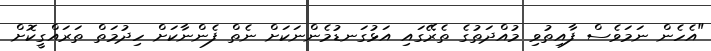
"އެހެން ނަމަވެސް ފާއިތުވި މުއްދަތުގެ ތެރޭގައި އަޅުގަނޑުމެންނަކަށް ނެތް ފެންނާކަށް ހިދުމަތް ތަރައްގީކޮށް